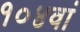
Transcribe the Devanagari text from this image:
१०४वां